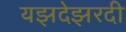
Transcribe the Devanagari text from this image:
यझदेझरदी